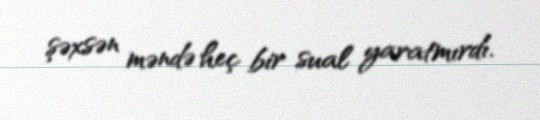
şəxsən məndə heç bir sual yaratmırdı.